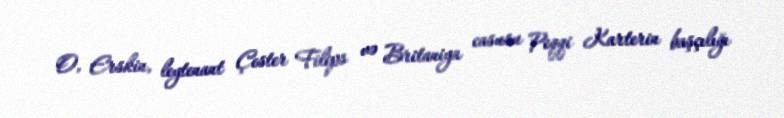
O, Erskin, leytenant Çester Filips və Britaniya casusu Peqqi Karterin başçılığı